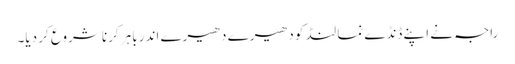
راجہ نے اپنے ڈنڈے نما لنڈ کو دھیرے دھیرے اندر باہر کرنا شروع کر دیا۔